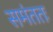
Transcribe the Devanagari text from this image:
समंततः